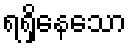
ရရှိနေသော